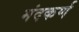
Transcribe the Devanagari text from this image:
मंदकर्ण